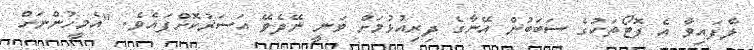
ލާފައިވާ އެ ފޮޓޯތަކުގެ ސަބަބުން އޭނާގެ ދިރިއުޅުމަށް ވަނީ ނޭދެވޭ އަސަރުކޮށްފައެވެ. "އެމީހުންނަށް